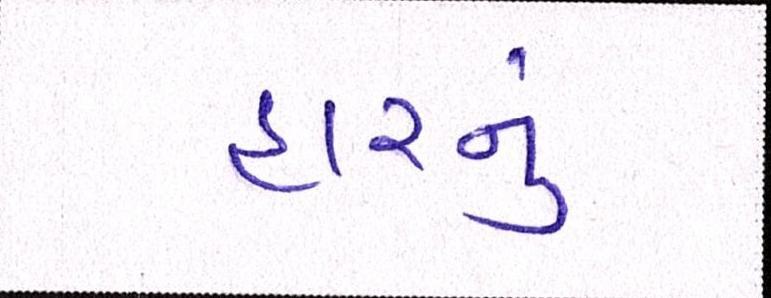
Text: હારનું